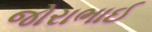
જોરાભાઈ